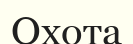
Охота